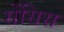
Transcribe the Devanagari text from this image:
सेंसिस